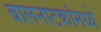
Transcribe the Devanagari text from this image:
बालनाटकांमध्ये